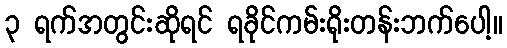
၃ ရက်အတွင်းဆိုရင် ရခိုင်ကမ်းရိုးတန်းဘက်ပေါ့။